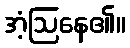
အံ့ဩနေ၏။